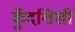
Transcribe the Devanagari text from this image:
कुँदशिखी